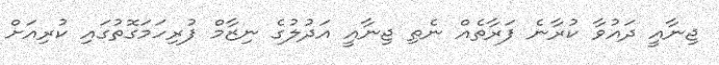
ޖިނާއީ ދައުވާ ކުރާނެ ފަރާތެއް ނެތި ޖިނާއީ އަދުލުގެ ނިޒާމް ފުރިހަމަގޮތުގައި ކުރިއަށް